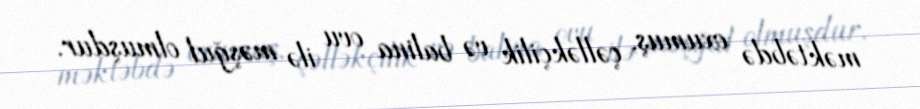
məktəbdə oxumuş, çəlləkçilik və balina ovu ilə məşğul olmuşdur.